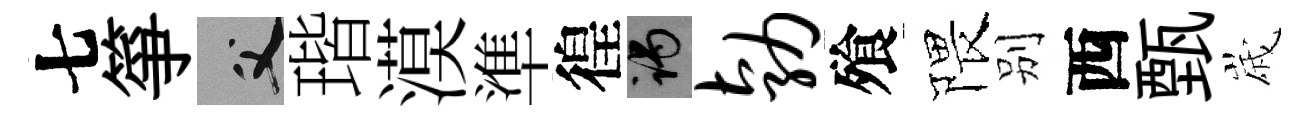
七箏父瑎漠準徨谒勃飱隈别西甄𡻕